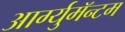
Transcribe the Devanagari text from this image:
आर्ग्युमॅन्टम